Annual report of the Bengal Veterinary College and of the Civil Veterinary Department, Bengal, for the year 1914-1915 - 1914-1915
Year: 1914
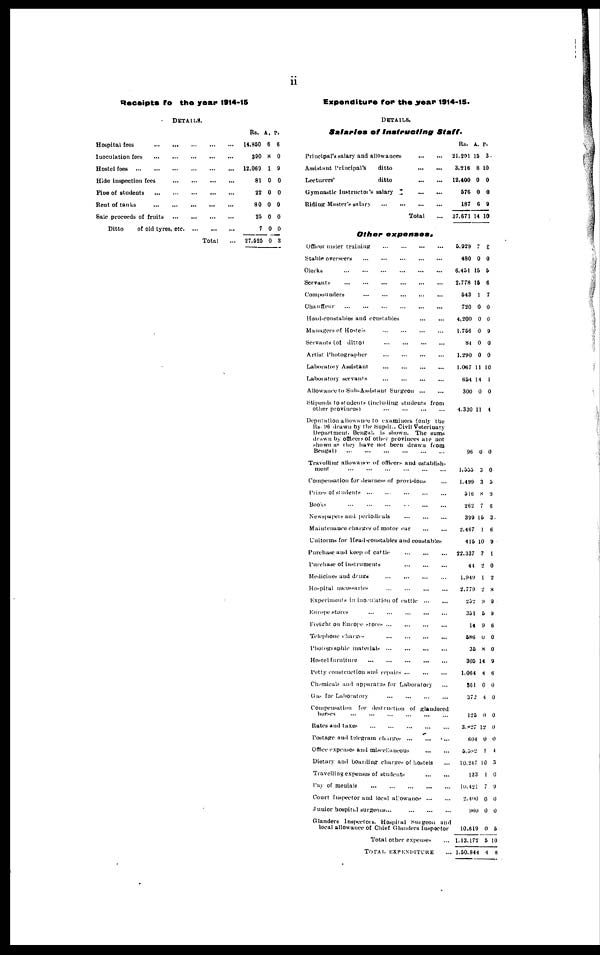
ii
Receipts for the year 1914-15
DETAILS.
Hospital fees
Inoculation fees
Hostel fees
Hide inspection fees ...
Fine of students
Rent of tanks
Sale proceeds of fruits ...
Ditto
of old tyres, etc.
...
...
...
...
...
...
...
...
...
...
...
...
...
...
...
...
Total
...
...
...
...
...
...
...
...
...
Rs. A. P.
14,850 6 6
390 8 0
12,060 1 9
81 0 0
22 0 0
80 0 0
25 0 0
7 0 0
27,525 0 3
Expenditure for the year 1914-15.
DETAILS,
Salaries of Instructing
Staff.
Principal's salary and allowances
Assistant Principal's
ditto
Lecturers'
ditto
Gymnastic Instructor's salary
Riding Master's salary .........
Total ...
Other expenses.
Officer under training
Stable overseers
Clerks
Servants
Compounders
Chauffeur
Head-constables and constables
Managers of Hostels
Servants (of
ditto)
Artist Photographer
Laboratory Assistant ...........
Laboratory servants
Allowance to Sub-Assistant Surgeon
Stipends to students (including students from
other provinces)
...
Deputation allowance to examiners (only the
Rs- 96 drawn by the Supdt., Civil Veterinary
Department. Bengal, is shown. The sums
drawn by officers of other provinces are not
shown as they have not been drawn from
Bengal)
Travelling allowance of officers and establish-
ment
Compensation for dearness of provisions ...
Prizes of students
Books
Newspapers and periodicals
Maintenance charges of motor car
Uniforms for Head-constables and constables
Purchase and keep of cattle
Purchase of instruments
Medicines and drugs
Hospital necessaries
Experiments in inoculation of cattle
Europe stores
Freight on Europe stores
Telephone charges
Photographic materials
Hostel furniture
Petty construction and repairs
Chemicals and apparatus for Laboratory
Gas for Laboratory
Compensation for destruction of glandered
horses .....................................................
Rates and taxes
Postage and telegram charges
Office expenses and miscellaneous
Dietary and boarding charges of hostels ..
Travelling expenses of students
Pay of menials
Court Inspector and local allowance ..
Junior hospital surgeons ...
...
....
...
Rs. A. P.
21,291 15 3
3,216 8 10
12,400 0 0
576 0 0
187 6 9
37,671 14 10
5,929 7 8
480 0 0
6,451 15 5
2,778 15 6
543 1 7
720 0 0
4,200 0 0
1,756 0 9
84 0 0
1,290 0 0
1.067 11 10
654 14 1
300 0 0
4,330 11 4
96 0 0
1,555 3 0
1,499 3 5
546 8 9
262 7 6
399 15 3
2,467 1 6
415 10 9
22,337 7 1
44 2 0
1,949 4 2
2,779 2 8
252 9 9
351 5 9
14 9 6
586 0 0
35 8 0
305 14 9
1,064 4 6
861 0 0
372 4 0
125 0 0
3,827 12 0
604 0 0
5,582 4 4
10.247 10 3
133 1 0
10,421 7 9
2,400 0 0
960 0 0
Glanders Inspectors, Hospital Surgeon and
local allowance of Chief Glanders Inspector
Total other expenses ...
TOTAL EXPENDITURE ...
10,619 0 5
1,13,172 5 10
1,50,844 4 8